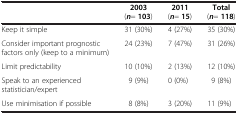
<table><thead><tr><td rowspan="2"><b> </b></td><td><b>2003</b></td><td><b>2011</b></td><td><b>Total</b></td></tr><tr><td><b>(<i>n</i>= 103)</b></td><td><b>(<i>n</i>= 15)</b></td><td><b>(<i>n</i>= 118)</b></td></tr></thead><tbody><tr><td>Keep it simple</td><td>31 (30%)</td><td>4 (27%)</td><td>35 (30%)</td></tr><tr><td>Consider important prognostic factors only (keep to a minimum)</td><td>24 (23%)</td><td>7 (47%)</td><td>31 (26%)</td></tr><tr><td>Limit predictability</td><td>10 (10%)</td><td>2 (13%)</td><td>12 (10%)</td></tr><tr><td>Speak to an experienced statistician/expert</td><td>9 (9%)</td><td>0 (0%)</td><td>9 (8%)</td></tr><tr><td>Use minimisation if possible</td><td>8 (8%)</td><td>3 (20%)</td><td>11 (9%)</td></tr></tbody></table>